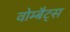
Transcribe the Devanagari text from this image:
वोम्बैट्स